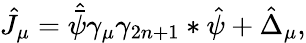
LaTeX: \hat{J}_{\mu}=\hat{\bar{\psi}}\gamma_{\mu}\gamma_{2n+1}*\hat{\psi}+\hat{\Delta}_{\mu},